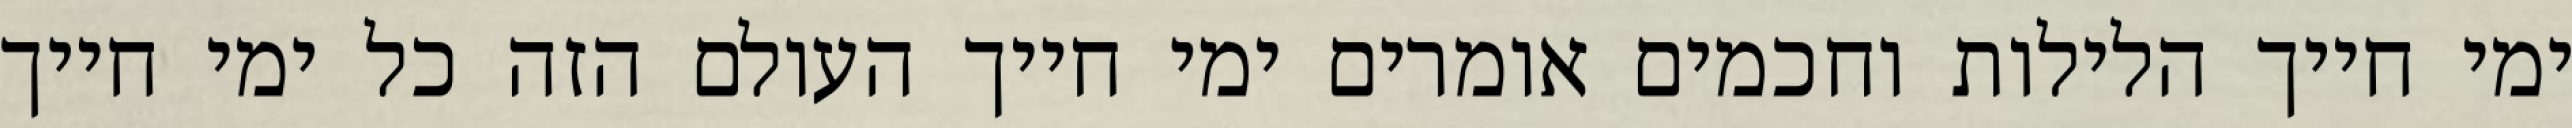
ימי חייך הלילות וחכמים אומרים ימי חייך העולם הזה כל ימי חייך